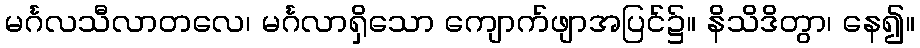
မင်္ဂလသီလာတလေ၊ မင်္ဂလာရှိသော ကျောက်ဖျာအပြင်၌။ နိသိဒိတွာ၊ နေ၍။